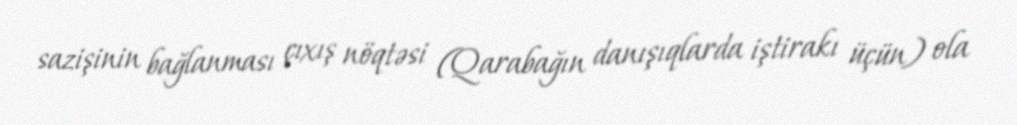
sazişinin bağlanması çıxış nöqtəsi (Qarabağın danışıqlarda iştirakı üçün) ola